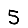
Digit: 5